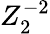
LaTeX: Z_{2}^{-2}